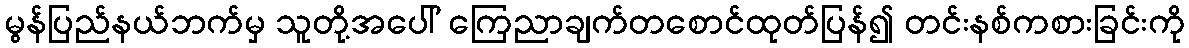
မွန်ပြည်နယ်ဘက်မှ သူတို့အပေါ် ကြေညာချက်တစောင်ထုတ်ပြန်၍ တင်းနစ်ကစားခြင်းကို